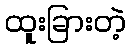
ထူးခြားတဲ့